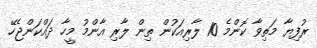
ރުފިޔާ މަތިވާ ކޮންމެ 10 ލާރިއަކުން ތިން ލާރި އާންމު މީހާ ދައްކަންޖެހޭ